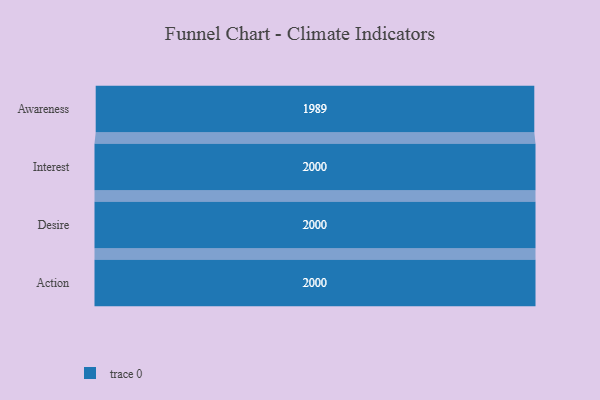
{"axis": {"x": "Stage", "y": "Value"}, "legend": [""], "data": [{"x": "Awareness", "y": 1989.0, "type": ""}, {"x": "Interest", "y": 2000, "type": ""}, {"x": "Desire", "y": 2000, "type": ""}, {"x": "Action", "y": 2000, "type": ""}]}